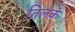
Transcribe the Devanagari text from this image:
तिलकं